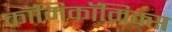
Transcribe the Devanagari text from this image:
काॅमिकॉमिक्स